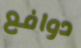
دوافع